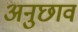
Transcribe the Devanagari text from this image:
अनुछाव